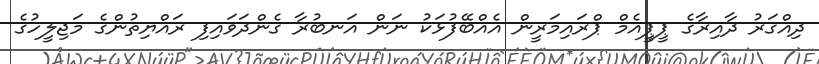
ދިއްގަރު ދާއިރާގެ ޕީޕީއެމް ޕްރައިމަރީން އެއްބޭފުޅަކު ނަން އަނބުރާ ގެންދަވައިފި ރައްޔިތުންގެ މަޖިލީހުގެ